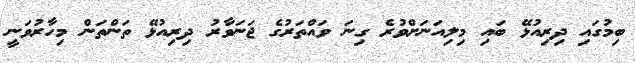
ބިމުގައި ދިރިއުޅޭ ބައި މިލިއަނަށްވުރެ ގިނަ ވައްތަރުގެ ޖަނަވާރު ދިރިއުޅޭ ތަންތަން މިހާރުވަނީ